system: You are a helpful assistant.
user:
Analyze the provided spectrum to determine if it is a **"Cataclysmic Variables (CV)"**.

- **Key Indicators for CV (Check for either state):**
    - **State 1: Quiescent / Low-State (Emission-Dominated)**
        - **(Primary):** Strong and *very broad* Hydrogen Balmer emission lines (e.g., $H\alpha$ at 6563 Å, $H\beta$ at 4861 Å). The 'broadness' (high velocity dispersion, often FWHM > 1000 km/s) is the key diagnostic, indicating a high-velocity accretion disk.
        - **(Secondary):** Broad neutral Helium (He I) emission lines (e.g., 5876 Å, 6678 Å).
        - **(Key Confirmation):** Presence of high-excitation *ionized* Helium (He II) emission at 4686 Å. This is a strong indicator of accretion onto a white dwarf.
        - **(Line Profile):** Emission lines may exhibit a 'double-peaked' profile, which is a classic signature of a rotating accretion disk viewed at high inclination.

    - **State 2: Outburst / High-State (Absorption-Dominated)**
        - **(Primary):** Spectrum is dominated by a bright, blue continuum (looks like a hot star).
        - **(Secondary):** The emission lines from State 1 are weak, absent, or 'filled in', and are replaced by broad, shallow *absorption* lines (primarily Balmer and He I).
        - **(Morphology):** The overall spectrum mimics a hot B/A-type star. The crucial difference is that the absorption lines are significantly broader, shallower, and more 'washed-out' (or 'smeared') than the sharp lines of a normal stellar photosphere, due to high rotational speeds and pressure broadening in the disk.

Think first, call **spectral_visualization_tool** if needed to examine features in detail, then provide your final answer. Your response must adhere to the following strict rules:
1.  **Overall Structure:** Your response must follow the format `<think>...</think> <tool_call>...</tool_call> (if a tool is used) <answer>...</answer>`.
2.  **Tool Usage Constraint:** You may only make **one** tool call per turn.
3.  **Final Answer Format:** In the `<answer>` tag, your conclusion must be inside a `\boxed{}` command (e.g., `\boxed{YES}`), followed by your justification.

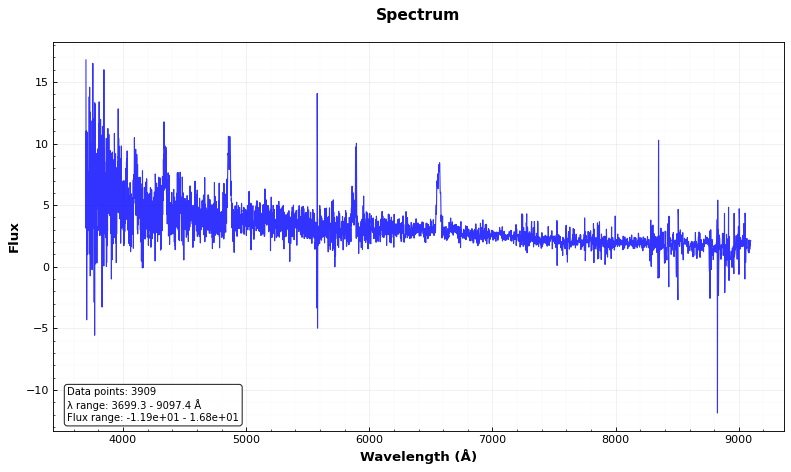
Answer: YES